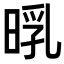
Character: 𣈃